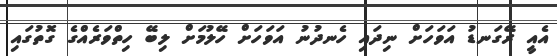
އެއީ ރޭގަނޑު އަވަހަށް ނިދައި ހެނދުނު އަވަހަށް ހޭލުމަށް ލިބޭ ހިތްވަރެއްގެ ގޮތުގައި